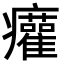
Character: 𤼐